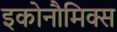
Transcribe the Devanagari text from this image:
इकोनौमिक्स